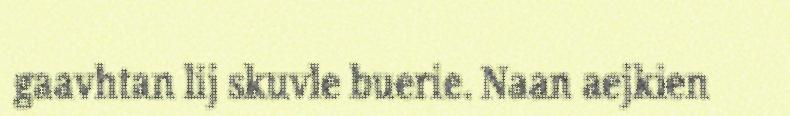
gaavhtan lij skuvle buerie. Naan aejkien